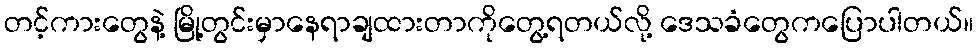
တင့်ကားတွေနဲ့ မြို့တွင်းမှာနေရာချထားတာကိုတွေ့ရတယ်လို့ ဒေသခံတွေကပြောပါတယ်။